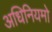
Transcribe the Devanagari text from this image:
अधिनियमो